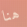
هنا